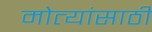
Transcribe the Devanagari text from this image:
मोत्यांसाठी